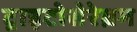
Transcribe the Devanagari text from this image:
ट्राइटोसेरेब्रम